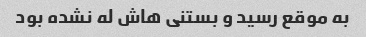
به موقع رسید و بستنی هاش له نشده بود